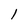
Character: 1